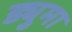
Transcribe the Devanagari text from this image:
ड्युमा